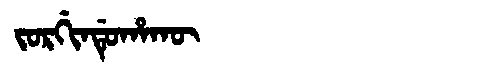
Manchu: ᠵᠣᡵᡤᡳᠨᡩᡠᡥᠠᡴᡡ
Romanization: JORGINDUHAKŪ